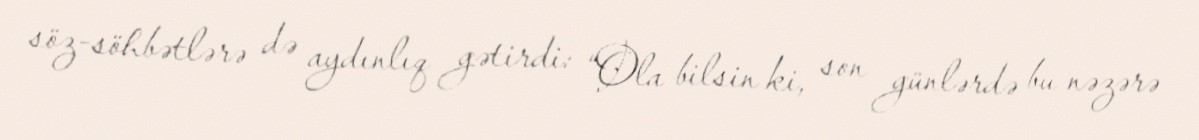
söz-söhbətlərə də aydınlıq gətirdi: “Ola bilsin ki, son günlərdə bu nəzərə